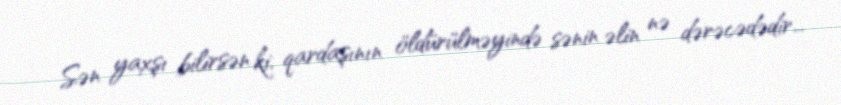
Sən yaxşı bilirsən ki, qardaşının öldürülməyində sənin əlin nə dərəcədədir...